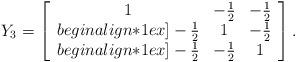
LaTeX: \begin{align*} Y_3= \left[ \begin{array}{ccc} 1&-\frac12&-\frac12\\begin{align*}1ex] -\frac12&1&-\frac12\\begin{align*}1ex] -\frac12&-\frac12&1\\ \end{array} \right]. \end{align*}